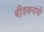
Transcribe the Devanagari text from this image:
बीडकरांनी